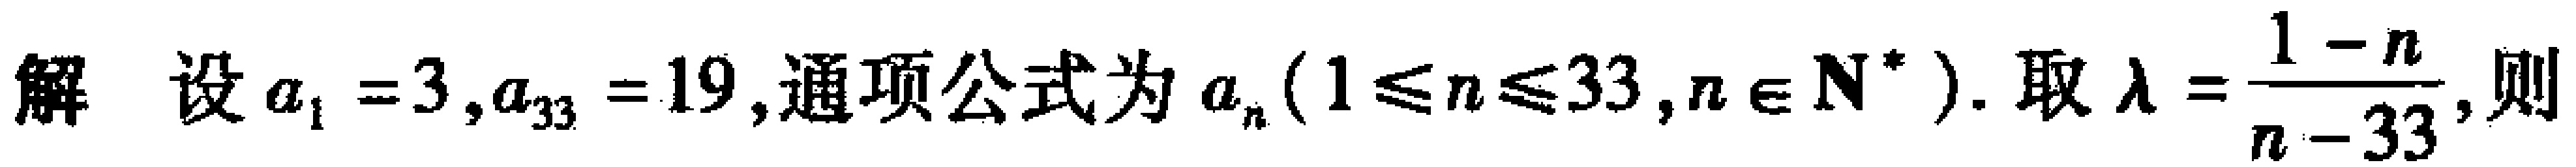
解 设$a_{1}=3,a_{33}=19$,通项公式为$a_{n}(1\leqslant n\leqslant 33,n\in \mathbf{N}^{*})$. 取$\lambda =\frac{1 - n}{n - 33}$,则